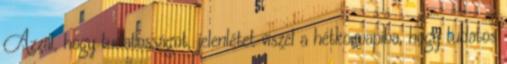
Azzal, hogy tudatosságot, jelenlétet viszel a hétköznapiba, hogy tudatos